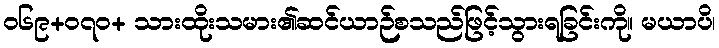
ဝ၆၉+၀၇ဝ+ သားထိုးသမား၏ဆင်ယာဉ်စသည်ဖြင့်သွားရခြင်းကို။ မယာပိ၊